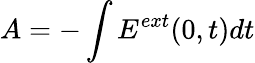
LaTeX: A=-\int E^{ext}(0,t)dt